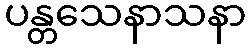
ပန္တသေနာသနာ